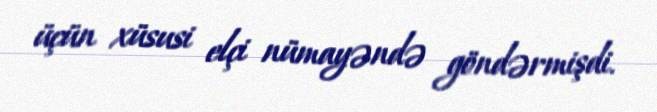
üçün xüsusi elçi nümayəndə göndərmişdi.